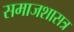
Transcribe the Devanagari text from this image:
समाजशासत्र